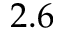
2 . 6